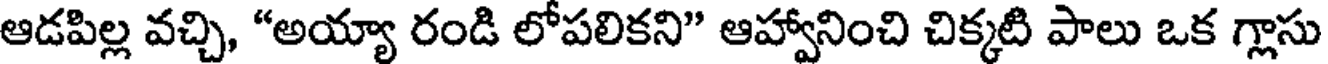
ఆడపిల్ల వచ్చి, "అయ్యా రండి లోపలికని" ఆహ్వానించి చిక్కటి పాలు ఒక గ్లాసు